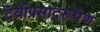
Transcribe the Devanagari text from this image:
देवीप्रसादरूपेण